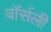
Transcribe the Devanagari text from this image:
वॉर्सली